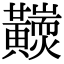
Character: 𪏩